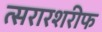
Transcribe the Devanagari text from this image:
त्सरारशरीफ